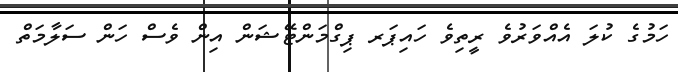
ހަމުގެ ކުލަ އެއްވަރުވެ ރީތިވެ ހައިޕަރ ޕިގްމަންޓޭޝަން އިން ވެސް ހަން ސަލާމަތް